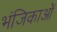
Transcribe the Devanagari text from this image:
भंजिकाओं